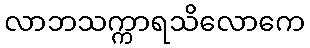
လာဘသက္ကာရသိလောကေ